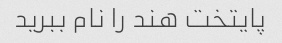
پایتخت هند را نام ببرید